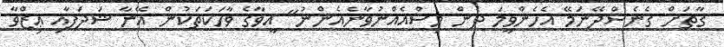
ގާތަށް ގެނެސްދޭނަމޭ އެހެންވީމަ ދެން މިސްއެއްނުވާނެއެންނު" އީވާގެ ވާހަކަތަކުން އޭނާ ޝަދަފާއި ޢިޒްވާ